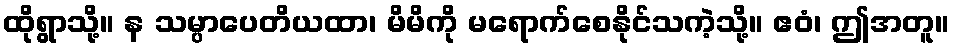
ထိုရွာသို့။ န သမ္ပာပေတိယထာ၊ မိမိကို မရောက်စေနိုင်သကဲ့သို့။ ဧဝံ၊ ဤအတူ။